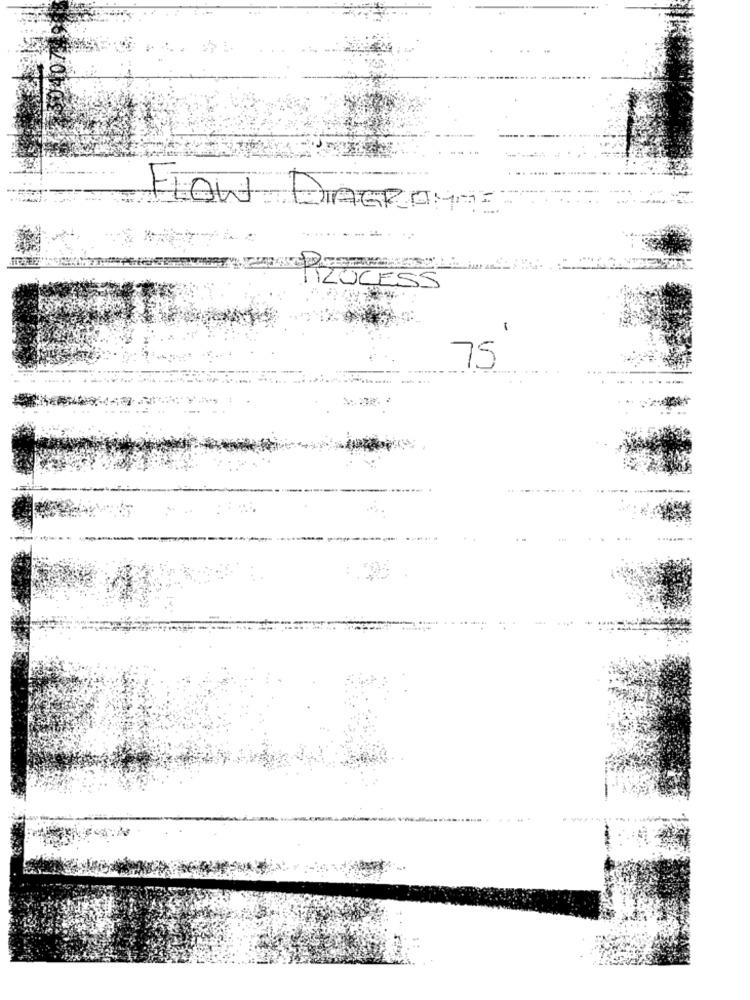
0.7
FLOW DIAGRAM.
PROCESS
1
75